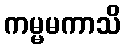
ကမ္မမကာသိ